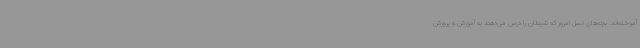
آموخته‌اند. بچه‌های نسل امروز که شیطان را درس می‌دهند به آموزش و پرورش